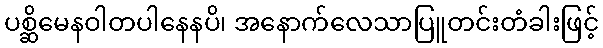
ပစ္ဆိမေနဝါတပါနေနပိ၊ အနောက်လေသာပြူတင်းတံခါးဖြင့်